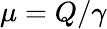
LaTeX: \mu=Q/\gamma